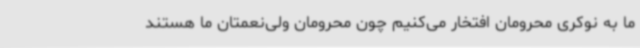
ما به نوکری محرومان افتخار می‌کنیم چون محرومان ولی‌نعمتان ما هستند